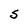
Character: S